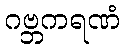
ဂဗ္ဘကရဏံ